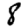
Digit: 8